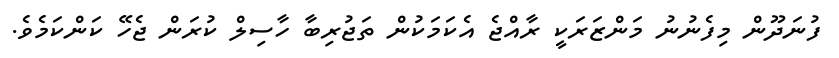
ފުނަދޫން މިފެނުނު މަންޒަރަަކީ ރާއްޖެ އެކަމަކުން ތަޖުރިބާ ހާސިލް ކުރަން ޖެހޭ ކަންކަމެވެ.